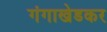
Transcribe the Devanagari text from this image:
गंगाखेडकर